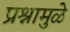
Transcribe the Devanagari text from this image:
प्रश्नामुळे